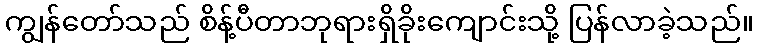
ကျွန်တော်သည် စိန့်ပီတာဘုရားရှိခိုးကျောင်းသို့ ပြန်လာခဲ့သည်။